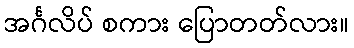
အင်္ဂလိပ် စကား ပြောတတ်လား။